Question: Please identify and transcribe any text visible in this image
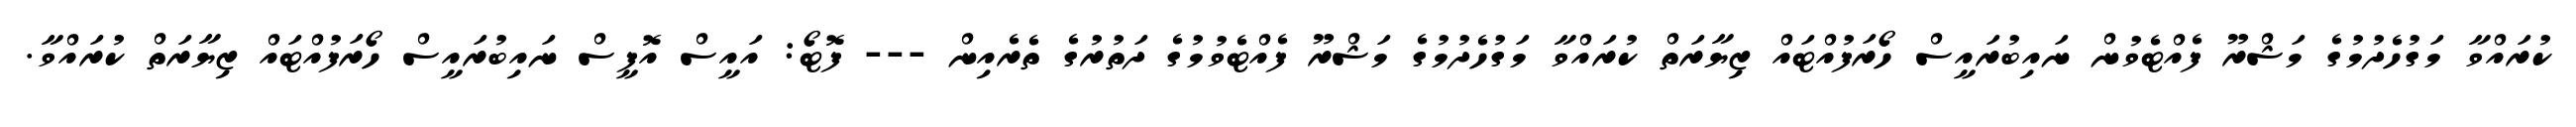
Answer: ކުރައްވާ މަގުހެދުމުގެ މަޝްރޫ ފެއްޓެވުން ނައިބުރައީސް ހޯރަފުއްޓައް ޒިޔާރަތް ކުރައްވާ މަގުހެދުމުގެ މަޝްރޫ ފެއްޓެވުމުގެ ދަތުރުގެ ތެރެއިން --- ފޮޓޯ: އައީސް އޮފީސް ނައިބުރައީސް ހޯރަފުއްޓައް ޒިޔާރަތް ކުރައްވާ.